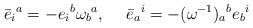
\begin{align*}\bar{e}_i{}^a = -e_i{}^b \omega_b{}^a, \hskip 15pt\bar{e}_a{}^i=-(\omega^{-1})_a{}^b e_b{}^i\end{align*}